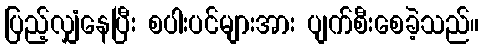
ပြည့်လျှံနေပြီး စပါးပင်များအား ပျက်စီးစေခဲ့သည်။